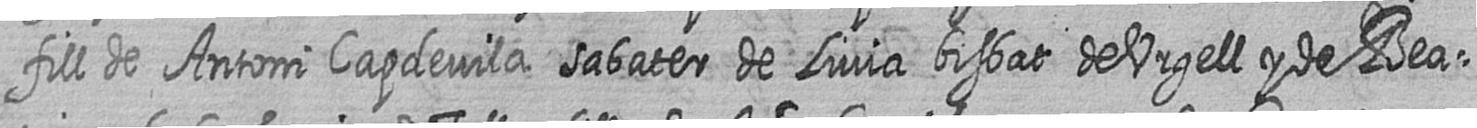
fill de Antoni Capdevila sabater de Livia bisbat de Urgell y de Bea=